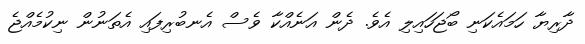
ދާރިޔާ ހަމައެކަނި ބޯޖަހައިލި އެވެ. ދެން އަނެއްކާ ވެސް އެނބުރިފައި އެތަނުން ނިކުމެއްޖެ